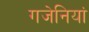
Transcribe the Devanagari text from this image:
गजेनियां